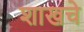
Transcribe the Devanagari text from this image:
शाखचे